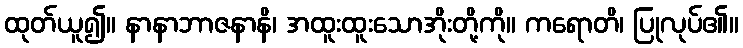
ထုတ်ယူ၍။ နာနာဘာဇနာနိ၊ အထူးထူးသောအိုးတို့ကို။ ကရောတိ၊ ပြုလုပ်၏။